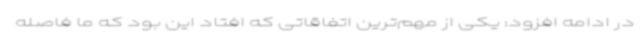
در ادامه افزود: یکی از مهم‌ترین اتفاقاتی که افتاد این بود که ما فاصله